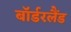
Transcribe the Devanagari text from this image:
बॉर्डरलैंड